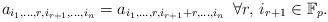
LaTeX: \begin{align*}a_{i_1,\dots,r,i_{r+1},\dots,i_n}=a_{i_1,\dots,r,i_{r+1}+r,\dots,i_n}\,\,\,\forall r,\,i_{r+1}\in{\mathbb F}_p.\end{align*}